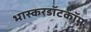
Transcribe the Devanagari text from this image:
भास्करडॉटकॉम